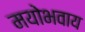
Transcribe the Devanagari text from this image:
मयोभवाय